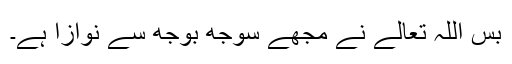
بس اللہ تعالےٰ نے مجھے سوُجھ بُوجھ سے نوازا ہے۔